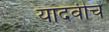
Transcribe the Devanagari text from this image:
यादवीचे